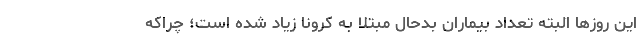
این روزها البته تعداد بیماران بدحال مبتلا به کرونا زیاد شده است؛ چراکه